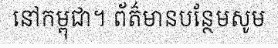
នៅកម្ពុជា។ ព័ត៌មានបន្ថែមសូម